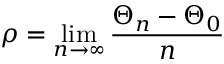
\rho = \operatorname* { l i m } _ { n \to \infty } \frac { \Theta _ { n } - \Theta _ { 0 } } { n }